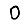
Digit: 0